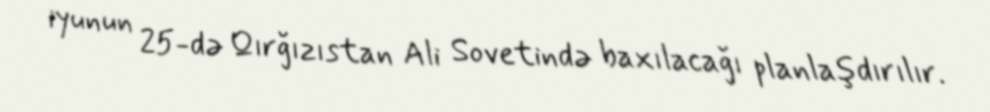
iyunun 25-də Qırğızıstan Ali Sovetində baxılacağı planlaşdırılır.